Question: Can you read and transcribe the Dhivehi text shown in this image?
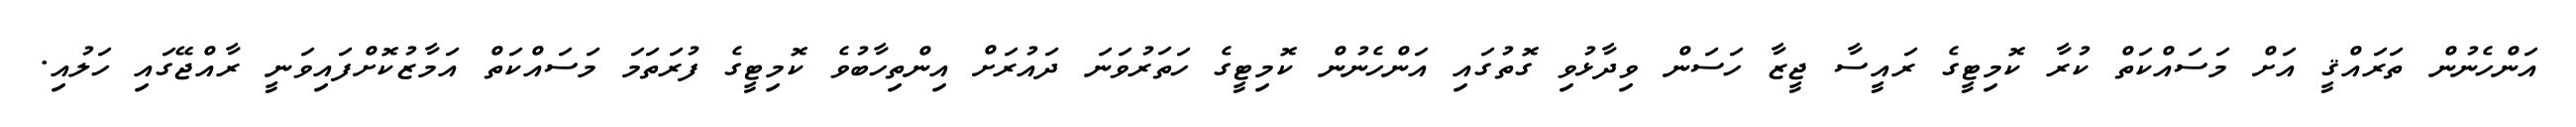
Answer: އަންހެނުން ތަރައްޤީ އަށް މަސައްކަތް ކުރާ ކޮމިޓީގެ ރައީސާ ޖީޒާ ހަސަން ވިދާޅުވި ގޮތުގައި އަންހެނުން ކޮމިޓީގެ ހަތަރުވަނަ ދައުރަށް އިންތިހާބުވެ ކޮމިޓީގެ ފުރަތަމަ މަސައްކަތް އަމާޒުކޮށްފައިވަނީ ރާއްޖޭގައި ހަލުއި.